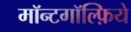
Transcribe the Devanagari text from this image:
मॉन्टगॉल्फ़िये